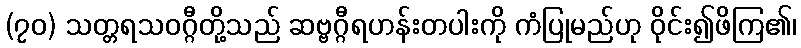
(၇၀) သတ္တရသဝဂ္ဂီတို့သည် ဆဗ္ဗဂ္ဂီရဟန်းတပါးကို ကံပြုမည်ဟု ဝိုင်း၍ဖိကြ၏၊